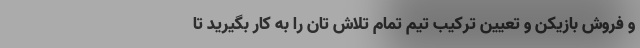
و فروش بازیکن و تعیین ترکیب تیم تمام تلاش تان را به کار بگیرید تا